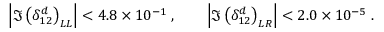
\left| \Im \left( \delta _ { 1 2 } ^ { d } \right) _ { L L } \right| < 4 . 8 \times 1 0 ^ { - 1 } \; , \qquad \left| \Im \left( \delta _ { 1 2 } ^ { d } \right) _ { L R } \right| < 2 . 0 \times 1 0 ^ { - 5 } \; .